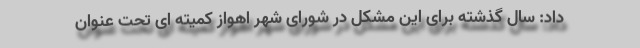
داد: سال گذشته برای این مشکل در شورای شهر اهواز کمیته ای تحت عنوان